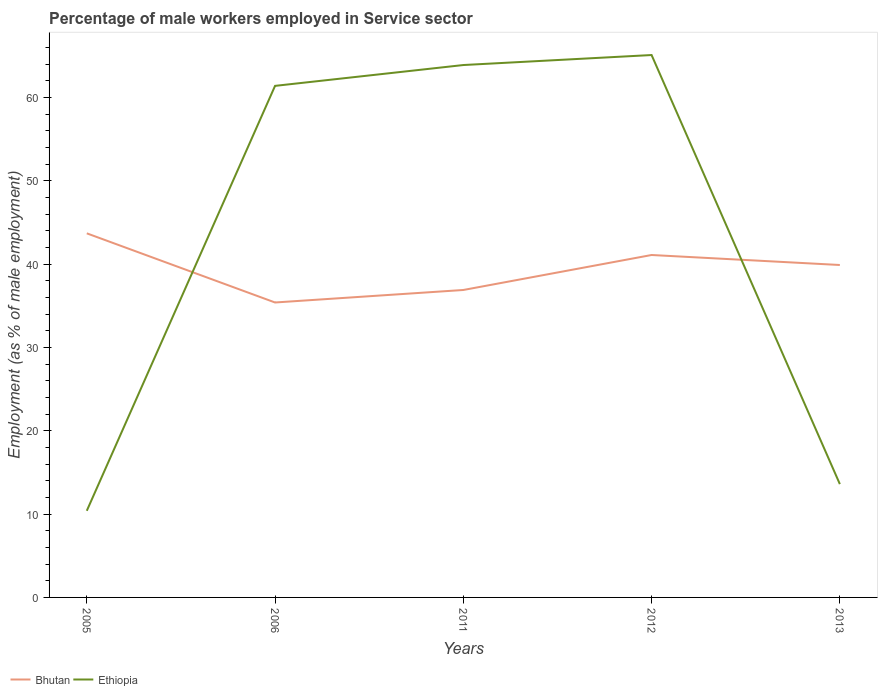
| Years | Bhutan | Ethiopia |
 | --- | --- | --- |
 | 2005 | 43.7 | 10.4 |
 | 2006 | 35.4 | 61.4 |
 | 2011 | 36.9 | 63.9 |
 | 2012 | 41.1 | 65.1 |
 | 2013 | 39.9 | 13.6 |